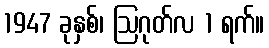
1947 ခုနှစ်၊ ဩဂုတ်လ 1 ရက်။